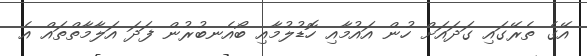
އޭގެ ތެރޭގައި ގަދައަށް ހުން އައުމާއި ހޮޑުލުމާއި ބޯއެނބުރުން ފަދަ އަލާމާތްތައް އެ